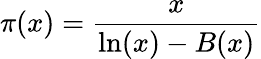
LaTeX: \pi(x)={\frac{x}{\ln(x)-B(x)}}